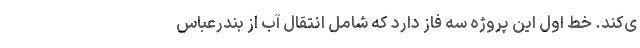
ی‌کند. خط اول این پروژه سه فاز دارد که شامل انتقال آب از بندرعباس